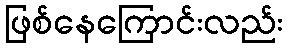
ဖြစ်နေကြောင်းလည်း